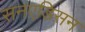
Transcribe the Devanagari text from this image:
सनएडिसन